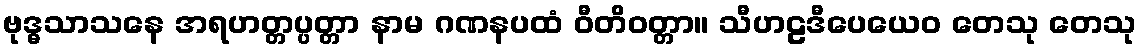
ဗုဒ္ဓသာသနေ အရဟတ္တပ္ပတ္တာ နာမ ဂဏနပထံ ဝီတိဝတ္တာ။ သီဟဠဒီပေယေဝ တေသု တေသု